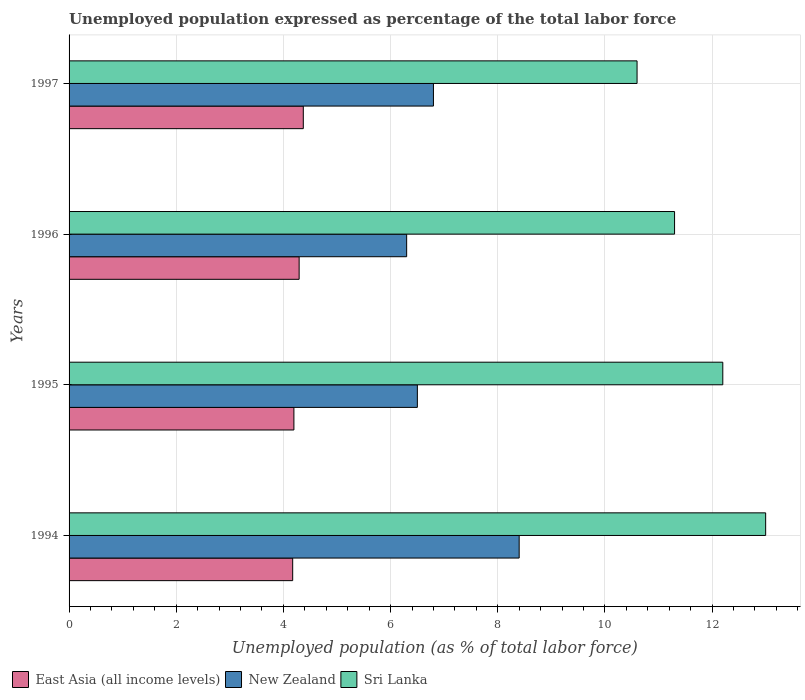
| Years | East Asia (all income levels) | New Zealand | Sri Lanka |
 | --- | --- | --- | --- |
 | 1994 | 4.17 | 8.4 | 13 |
 | 1995 | 4.2 | 6.5 | 12.2 |
 | 1996 | 4.29 | 6.3 | 11.3 |
 | 1997 | 4.37 | 6.8 | 10.6 |